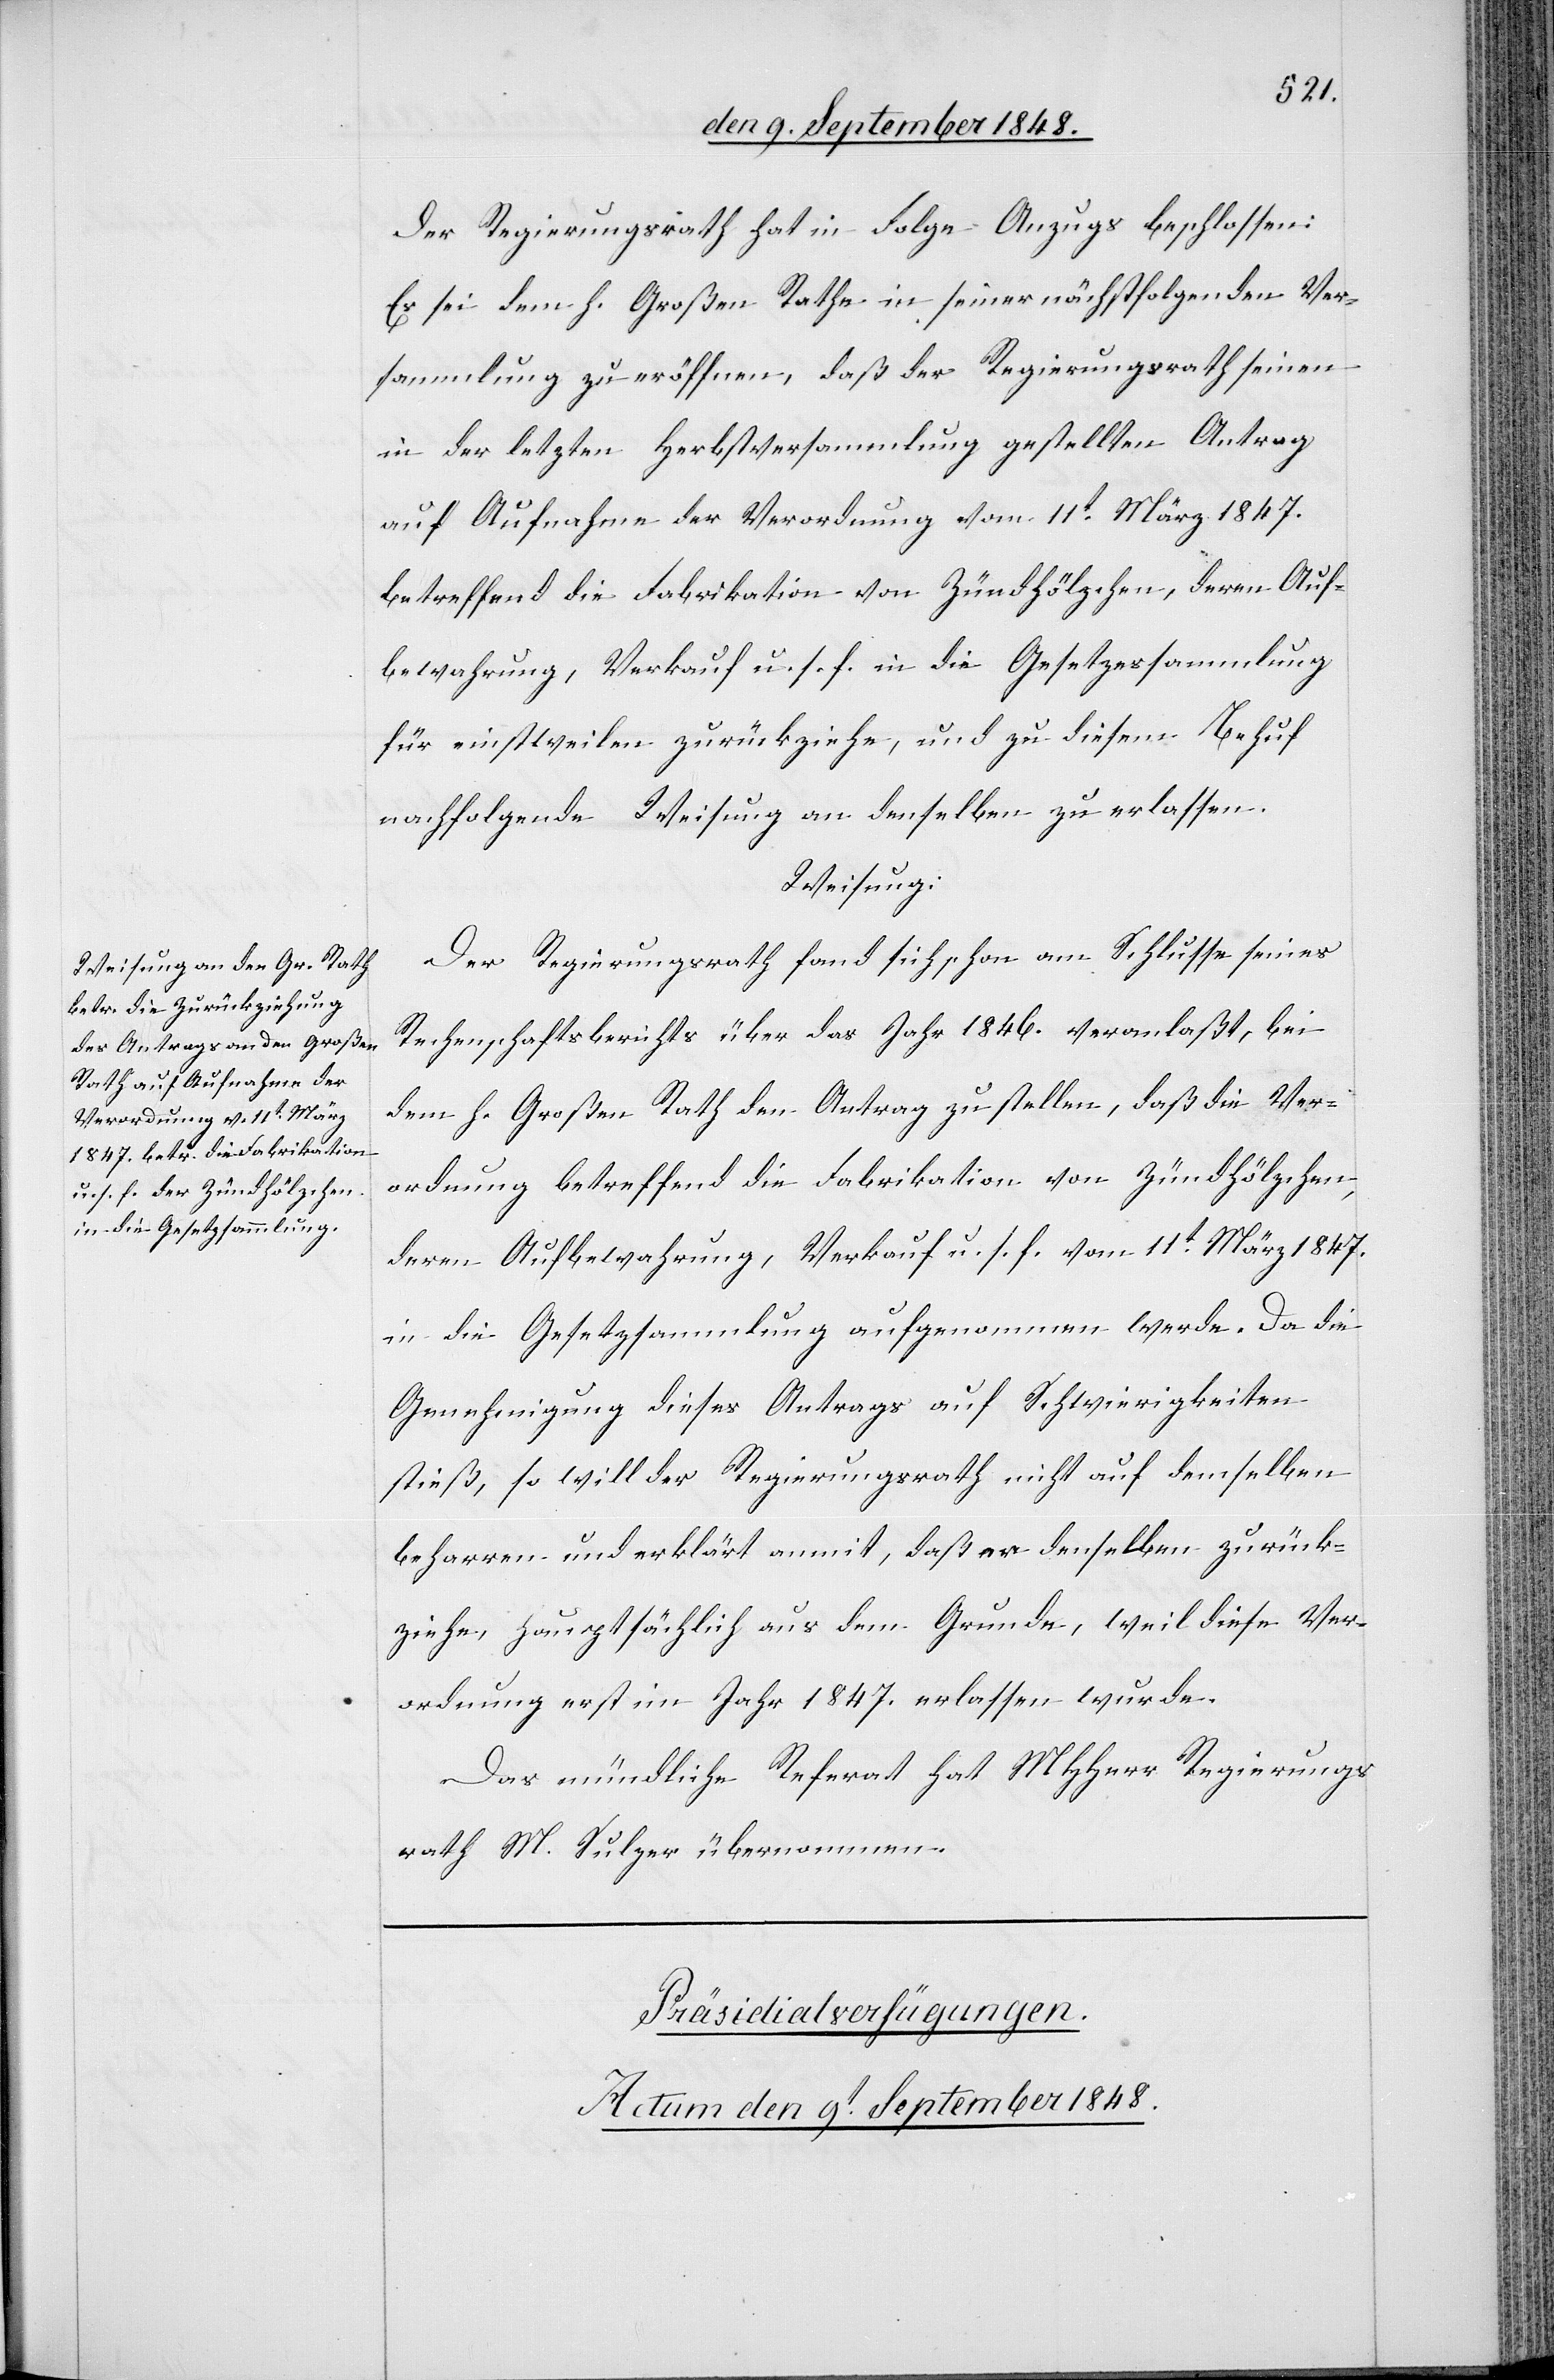
Der Regierungsrath hat in Folge Anzugs beschlossen:
Es sei dem h. Großen Rath in seiner nächstfolgenden Ver¬
sammlung zu eröffnen, daß der Regierungsrath seinen
in der letzten Herbstversammlung gestellten Antrag
auf Aufnahme der Verordnung vom 11t März 1847.
betreffend die Fabrikation von Zündhölzchen, deren Auf¬
bewahrung, Verkauf u. s. f. in die Gesetzessammlung
für einstweilen zurückziehe, und zu diesem Behuf
nachfolgende Weisung an denselben zu erlassen.
Weisung.
Der Regierungsrath fand sich schon am Schlusse seines
Rechenschaftsberichts über das Jahr 1846. veranlaßt, bei
dem h. Großen Rath den Antrag zu stellen, daß die Ver¬
ordnung betreffend die Fabrikation von Zündhölzchen
deren Aufbewahrung, Verkauf u. s. f. vom 11t März 1847.
in die Gesetzsammlung aufgenommen werde. Da die
Genehmigung dieses Antrags auf Schwierigkeiten
stieß, so will der Regierungsrath nicht auf demselben
beharren und erklärt anmit, daß er denselben zurück¬
ziehe, hauptsächlich aus dem Grunde, weil diese Ver¬
ordnung erst im Jahr 1847. erlassen wurde.
Das mündliche Referat hat MHHerr Regierungs¬
rath M. Sulzer übernommen.
Präsidialverfügungen.
Actum den 9t September 1848.